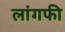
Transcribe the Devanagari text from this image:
लांगफी